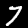
Digit: 7